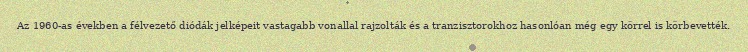
Az 1960-as években a félvezető diódák jelképeit vastagabb vonallal rajzolták és a tranzisztorokhoz hasonlóan még egy körrel is körbevették.